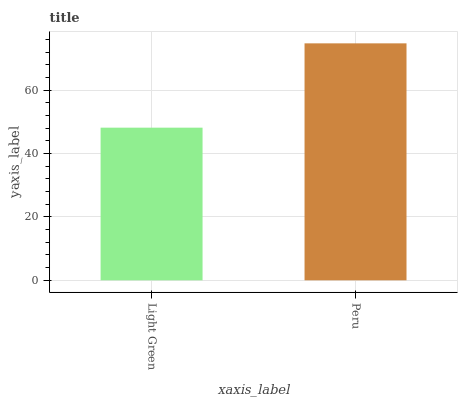
| xaxis_label | bars |
 | --- | --- |
 | Light Green | 48.2 |
 | Peru | 74.8 |